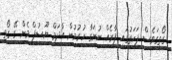
ގޯތީގަވެސް ފަހަތުގައި ފާރެއް ނުނަގާ ހުރުމުން އާދަމް ޔޫސުފް މެން ގޭ ގޯތި